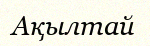
Ақылтай